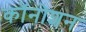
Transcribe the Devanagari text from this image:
कॉनोशन